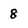
Character: 8